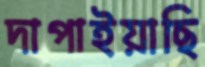
দাপাইয়াছি